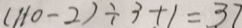
( 1 1 0 - 2 ) \div 3 + 1 = 3 7